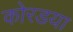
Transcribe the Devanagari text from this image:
कोरडया